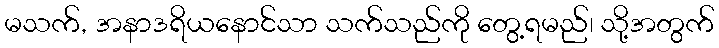
မသက်, အနာဒရိယနောင်သာ သက်သည်ကို တွေ့ရမည်၊ သို့အတွက်